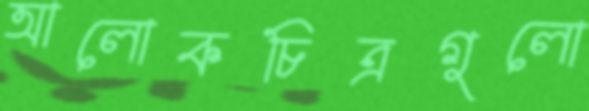
আলোকচিত্রগুলো